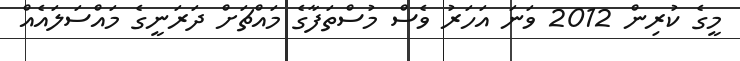
މީގެ ކުރިން 2012 ވަނަ އަހަރު ވެސް މުސްތަފާގެ މައްޗަށް ދަރަނީގެ މައްސަލައެއް